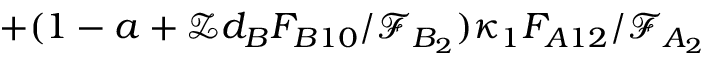
+ ( 1 - a + \mathcal { Z } d _ { B } F _ { B 1 0 } / \mathcal { F } _ { B _ { 2 } } ) \kappa _ { 1 } F _ { A 1 2 } / \mathcal { F } _ { A _ { 2 } }